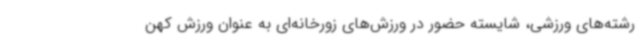
رشته‌های ورزشی، شایسته حضور در ورزش‌های زورخانه‌ای به عنوان ورزش کهن